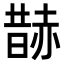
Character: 𧹨